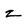
Character: z